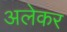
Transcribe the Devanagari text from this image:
अलेकर